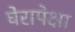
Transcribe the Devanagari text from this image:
घेरापेक्षा